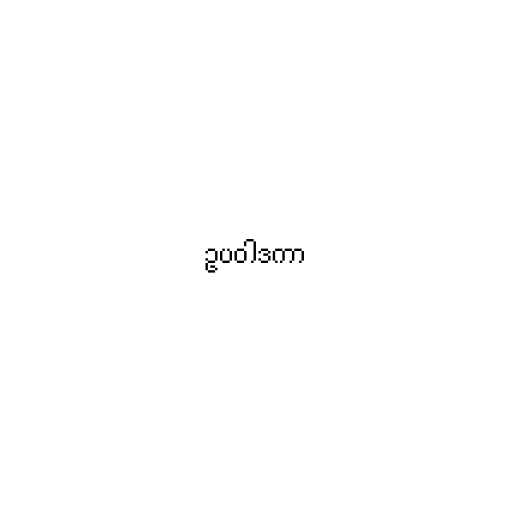
ဥပဝါဒကာ